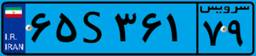
۶۵S۳۶۱۷۹